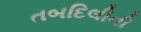
તબદિલીની